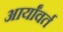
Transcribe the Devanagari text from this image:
आर्यांवर्त